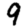
Digit: 9